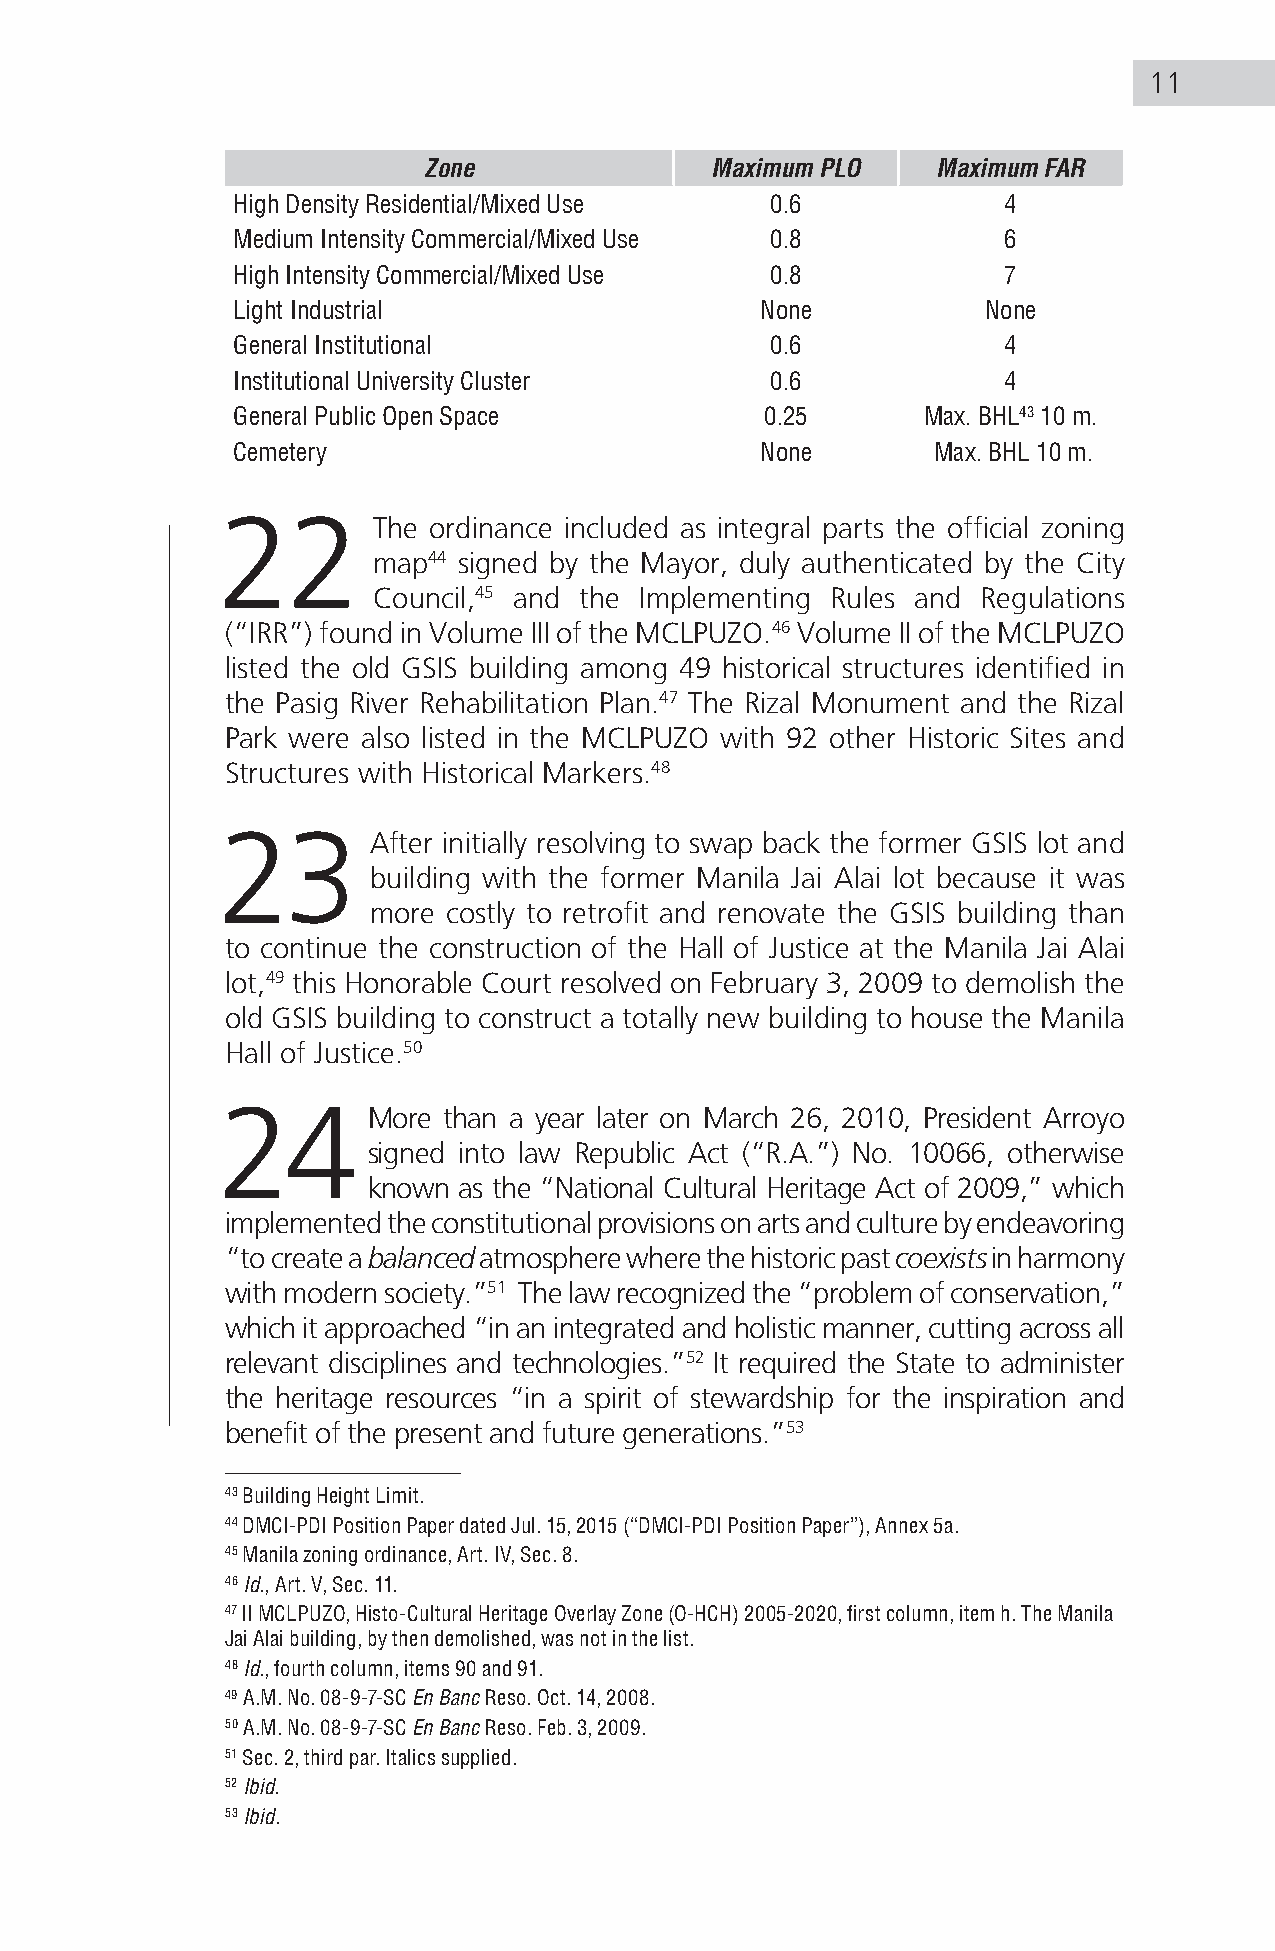
11
 Zone               Maximum PLO    Maximum FAR
 High Density Residential/Mixed Use  0.6            4
 Medium Intensity Commercial/Mixed Use 0.8          6
 High Intensity Commercial/Mixed Use 0.8            7
 Light Industrial                   None           None
 General Institutional               0.6            4
 Institutional University Cluster    0.6            4
 General Public Open Space           0.25      Max. BHL43 10 m.
 Cemetery                           None        Max. BHL 10 m.
 Max. BHL43 10 m.
 22         The ordinance included as integral parts the official zoning
 map44 signed by the Mayor, duly authenticated by the City
 Council,45 and the Implementing Rules and Regulations
 (“IRR”) found in Volume III of the MCLPUZO.46 Volume II of the MCLPUZO
 listed the old GSIS building among 49 historical structures identified in
 the Pasig River Rehabilitation Plan.47 The Rizal Monument and the Rizal
 Park were also listed in the MCLPUZO with 92 other Historic Sites and
 Structures with Historical Markers.48
 23         After initially resolving to swap back the former GSIS lot and
 building with the former Manila Jai Alai lot because it was
 more costly to retrofit and renovate the GSIS building than
 to continue the construction of the Hall of Justice at the Manila Jai Alai
 lot,49 this Honorable Court resolved on February 3, 2009 to demolish the
 old GSIS building to construct a totally new building to house the Manila
 Hall of Justice.50
 24        More than a year later on March 26, 2010, President Arroyo
 signed into law Republic Act (“R.A.”) No. 10066, otherwise
 known as the “National Cultural Heritage Act of 2009,” which
 implemented the constitutional provisions on arts and culture by endeavoring
 “to create a balanced atmosphere where the historic past coexists in harmony
 with modern society.”51 The law recognized the “problem of conservation,”
 which it approached “in an integrated and holistic manner, cutting across all
 relevant disciplines and technologies.”52 It required the State to administer
 the heritage resources “in a spirit of stewardship for the inspiration and
 benefit of the present and future generations.”53
 43 Building Height Limit.
 44 DMCI-PDI Position Paper dated Jul. 15, 2015 (“DMCI-PDI Position Paper”), Annex 5a.
 45 Manila zoning ordinance, Art. IV, Sec. 8.
 46 Id., Art. V, Sec. 11.
 47 II MCLPUZO, Histo-Cultural Heritage Overlay Zone (O-HCH) 2005-2020, first column, item h. The Manila
 Jai Alai building, by then demolished, was not in the list.
 48 Id., fourth column, items 90 and 91.
 49 A.M. No. 08-9-7-SC En Banc Reso. Oct. 14, 2008.
 50 A.M. No. 08-9-7-SC En Banc Reso. Feb. 3, 2009.
 51 Sec. 2, third par. Italics supplied.
 52 Ibid.
 53 Ibid.